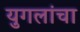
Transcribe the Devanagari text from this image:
युगलांचा